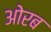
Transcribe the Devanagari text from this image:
ओरब